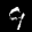
Label: 9